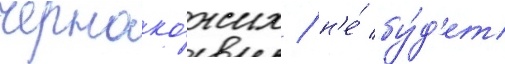
черноко́жих / н'е́ бу́д'ет